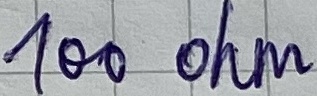
Text: 100 ohm